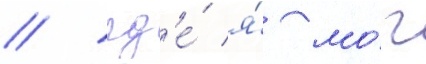
/ гд'е́ я́ мо́г